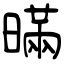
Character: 暪